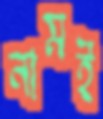
নামই